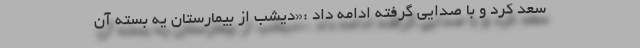
سعد کرد و با صدایی گرفته ادامه داد :«دیشب از بیمارستان یه بسته آن